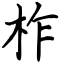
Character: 柞